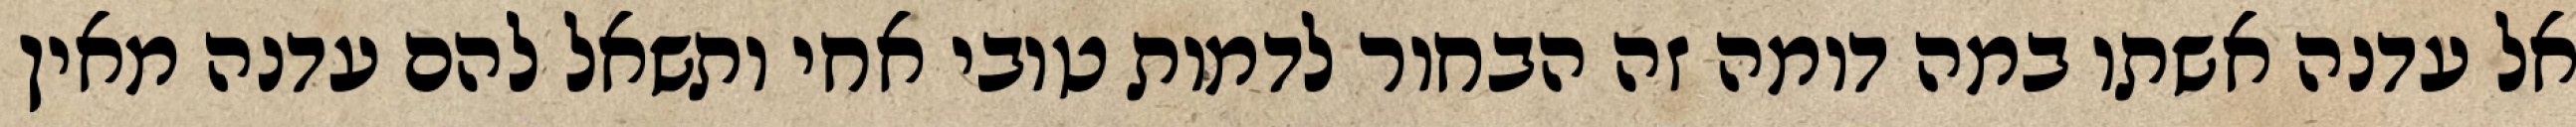
אל עדנה אשתו במה דומה זה הבחור לדמות טובי אחי ותשאל להם עדנה מאין